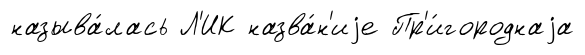
называ́лась Л'ИК назва́н'иjе Пр'и́городнаjа